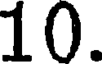
10.